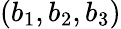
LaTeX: (b_{1},b_{2},b_{3})